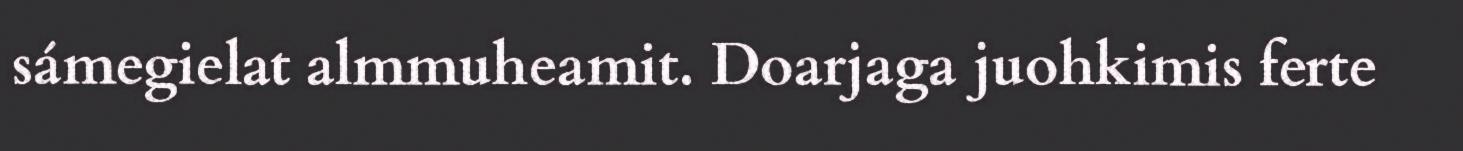
sámegielat almmuheamit. Doarjaga juohkimis ferte